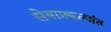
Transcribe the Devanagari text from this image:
सेवाप्रकल्पांत